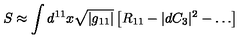
S \approx \int d ^ { 1 1 } x \sqrt { | g _ { 1 1 } | } \left[ R _ { 1 1 } - | d C _ { 3 } | ^ { 2 } - \ldots \right]